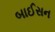
બાઈસન